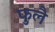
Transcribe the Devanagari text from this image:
फुलै